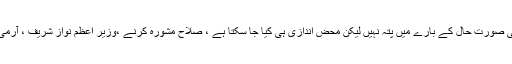
پچھلے دنوں قطر کے خلاف سعودی عرب اور اس کے اتحادیوں کی معرکہ آرائی اور ناکہ بندی کی صورت حال کے بارے میں پتہ نہیں لیکن محض اندازی ہی کیا جا سکتا ہے ، صلاح مشورہ کرنے ،وزیر اعظم نواز شریف ، آرمی چیف کے ساتھ ریاض گئے تھے جہاں ان کی سعودی فرماں روا شاہ سلمان سے ملاقات ہوئی تھی۔